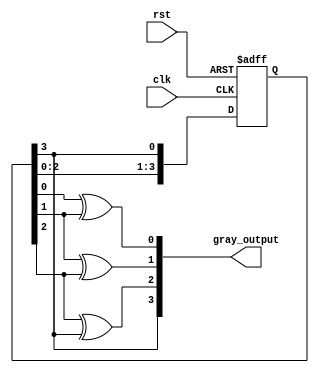
module johnson_gray_counter (
    input wire clk,
    input wire rst,
    output reg [3:0] gray_output
);

reg [3:0] johnson_reg;

always @(posedge clk or posedge rst) begin
    if (rst) begin
        johnson_reg <= 4'b0001;
    end else begin
        johnson_reg <= {johnson_reg[2:0], johnson_reg[3]};
    end
end

assign gray_output[0] = johnson_reg[0] ^ johnson_reg[1];
assign gray_output[1] = johnson_reg[1] ^ johnson_reg[2];
assign gray_output[2] = johnson_reg[2] ^ johnson_reg[3];
assign gray_output[3] = johnson_reg[3];

endmodule